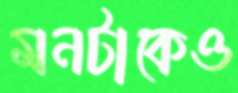
মনটাকেও